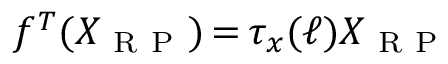
f ^ { T } ( X _ { \mathrm { ~ R ~ P ~ } } ) \mathop { = } \tau _ { x } ( \ell ) X _ { \mathrm { ~ R ~ P ~ } }